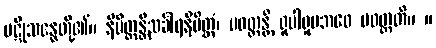
ပဋိုသန္ဓေတို့၏။ နိမိတ္တန္တိသင်္ခါရနိမိတ္တံ၊ ပဝတ္တန္တိ ရူပါရူပဘဝေ ပဝတ္တတိ။ ။